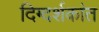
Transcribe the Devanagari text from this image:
दिग्दर्शकांत